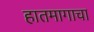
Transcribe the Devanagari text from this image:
हातमागाचा